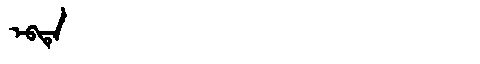
Manchu: ᡝᠪᡨᡝ
Romanization: EBTE